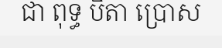
ជា ពុទ្ធ បិតា ប្រោស